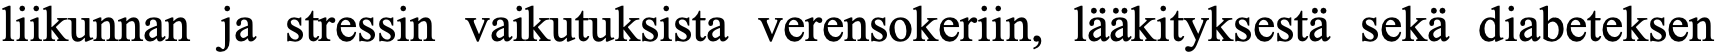
liikunnan ja stressin vaikutuksista verensokeriin, lääkityksestä sekä diabeteksen